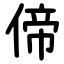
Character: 偙